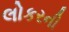
લોકરની